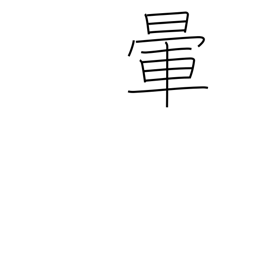
Meaning: fade